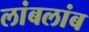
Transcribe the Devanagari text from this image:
लांबलांब